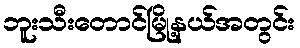
ဘူးသီးတောင်မြို့နယ်အတွင်း